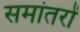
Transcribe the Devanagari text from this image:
समांतरों